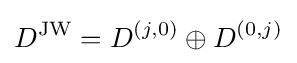
D^{\mathrm {JW} }=D^{(j,0)}\oplus D^{(0,j)}